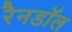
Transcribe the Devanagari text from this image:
रैनडॉल